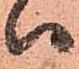
ハ